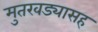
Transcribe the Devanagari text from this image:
मुतखड्यासह